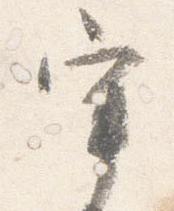
宰